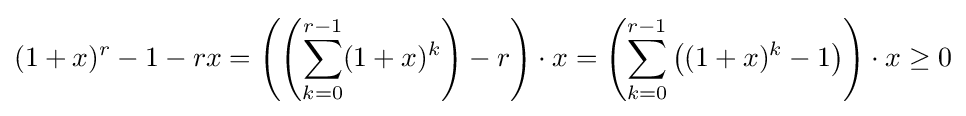
(1+x)^{r}-1-rx=\left(\left(\sum _{k=0}^{r-1}(1+x)^{k}\right)-r\right)\cdot x=\left(\sum _{k=0}^{r-1}\left((1+x)^{k}-1\right)\right)\cdot x\geq 0